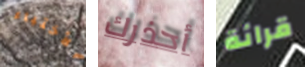
الأختباء أحذرك قرائة